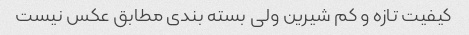
کیفیت تازه و کم شیرین ولی بسته بندی مطابق عکس نیست